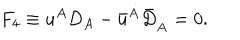
F _ { 4 } \equiv { u } ^ { A } D _ { A } - { \bar { u } } ^ { \dot { A } } { \bar { D } } _ { \dot { A } } = 0 .